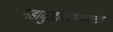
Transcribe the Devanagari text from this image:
महायुद्धादरम्यानचा